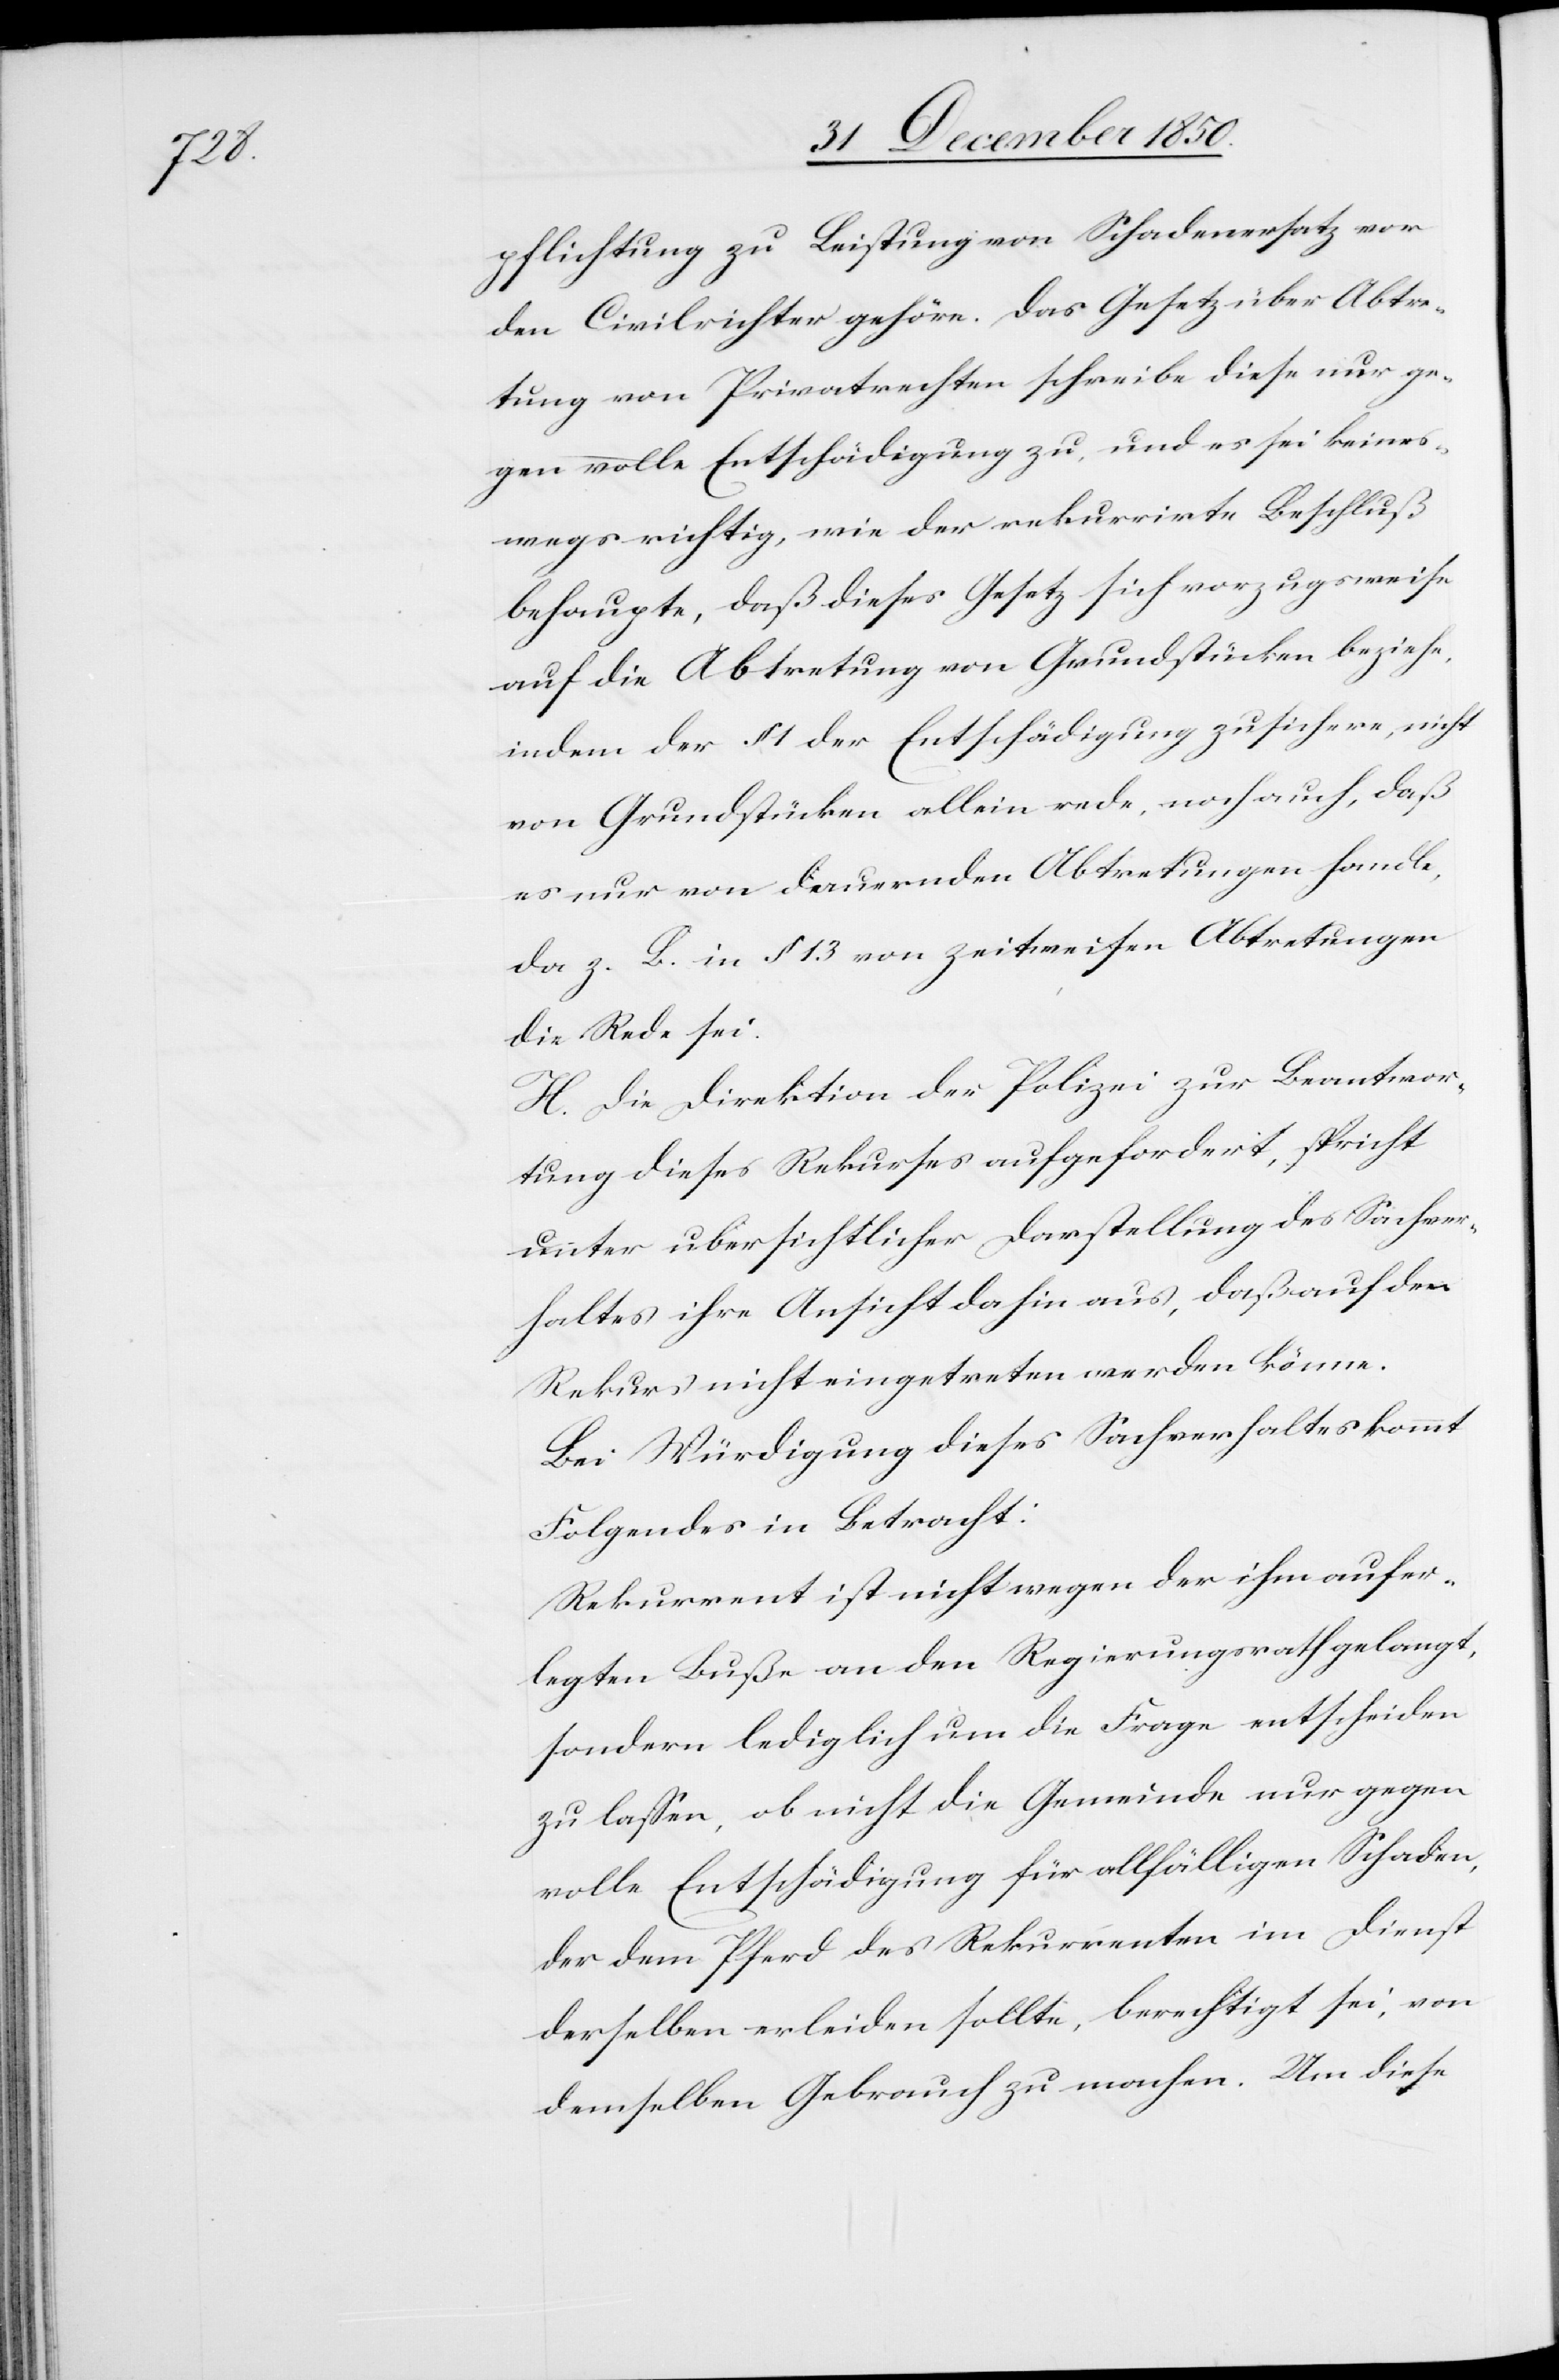
pflichtung zu Leistung von Schadenersatz vor
den Civilrichter gehöre. Das Gesetz über Abtre¬
tung von Privatrechten schreibe diese nur ge¬
gen volle Entschädigung zu, und es sei keines¬
wegs richtig, wie der rekurrirte Beschluß
behaupte, daß dieses Gesetz sich vorzugsweise
auf die Abtretung von Grundstücken beziehe,
indem der § 1 der Entschädigung zusichere, nicht
von Grundstücken allein rede, noch auch, daß
es nur von dauernden Abtretungen handle,
da z. B. in § 13 von zeitweisen Abtretungen
die Rede sei.
H. Die Direktion der Polizei zur Beantwor¬
tung dieses Rekurses aufgefordert, spricht
unter ubersichtlicher [sic!] Darstellung des Sachver¬
haltes ihre Ansicht dahin aus, daß auf den
Rekurs nicht eingetreten werden könne.
Bei Würdigung dieses Sachverhaltes kommt
Folgendes in Betracht:
Rekurrent ist nicht wegen der ihm aufer¬
legten Buße an den Regierungsrath gelangt,
sondern lediglich um die Frage entscheiden
zu lassen, ob nicht die Gemeinde nur gegen
volle Entschädigung für allfälligen Schaden,
der dem Pferd des Rekurrenten im Dienst
derselben erleiden sollte, berechtigt sei, von
demselben Gebrauch zu machen. Um diese